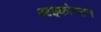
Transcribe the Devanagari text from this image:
आइकोम्सन